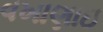
વખાણાઇ